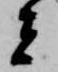
者